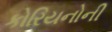
કોરિયનોની